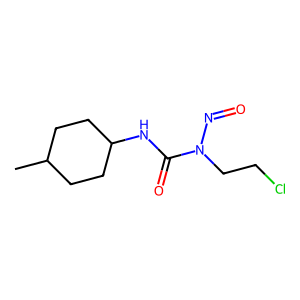
SMILES: CC1CCC(NC(=O)N(CCCl)N=O)CC1
Inhibits HIV replication: No